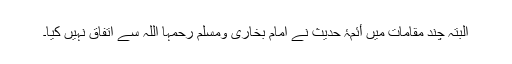
البتہ چند مقامات میں أئمۂ حدیث نے امام بخاری ومسلم رحمہا اللہ سے اتفاق نہیں کیا۔